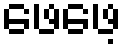
ဖေဖေ့